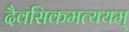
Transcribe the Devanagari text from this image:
दैवसिकमत्ययम्‌